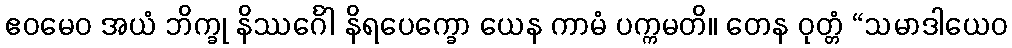
ဧဝမေဝ အယံ ဘိက္ခု နိဿင်္ဂေါ နိရပေက္ခော ယေန ကာမံ ပက္ကမတိ။ တေန ဝုတ္တံ “သမာဒါယေဝ